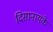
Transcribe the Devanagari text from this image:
दिसानायके